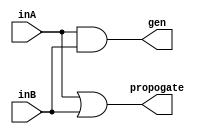
module pfa (inA, inB, gen, propogate);

input inA;
input inB;
output gen;
output propogate;



assign propogate = inA | inB;
assign gen = inA & inB;


endmodule